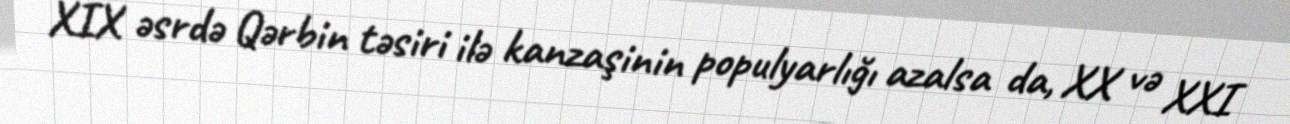
XIX əsrdə Qərbin təsiri ilə kanzaşinin populyarlığı azalsa da, XX və XXI